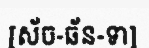
[ស័ច-ឆ័ន-ទា]